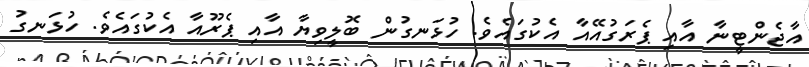
އާޖެންޓީނާ އާއި ޕެރަގުއޭއާ އެކުގައެވެ. ހުޅަނގުން ބޮލީވިޔާ އާއި ޕެރޫއާ އެކުގައެވެ. ހުޅަނގު